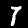
Digit: 7